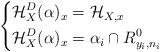
LaTeX: \begin{align*}\left \{ \begin{aligned} \mathcal H_X^D(\alpha)_x &= \mathcal H_{X, x} & \\ \mathcal H_X^D(\alpha)_x &= \alpha_i \cap R^0_{y_i, n_i} & \end{aligned} \right.\end{align*}